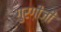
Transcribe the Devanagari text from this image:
गुरग़ीज़ी